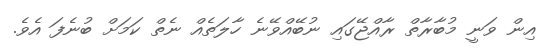
އިން ވަނީ މުބާރާތް ރާއްޖޭގައި ނުބޭއްވޭނެ ހާލަތެއް ނެތް ކަމަށް ބުނެފަ އެވެ.